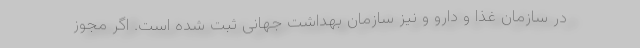
در سازمان غذا و دارو و نیز سازمان بهداشت جهانی ثبت شده است. اگر مجوز